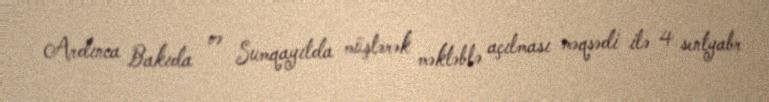
Ardınca Bakıda və Sumqayıtda müştərək məktəblə açılması məqsədi ilə 4 sentyabr